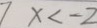
7 x < - 2